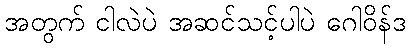
အတွက် ငါလဲပဲ အဆင်သင့်ပါပဲ ဂေါဝိန်ဒ